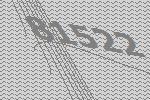
81522